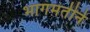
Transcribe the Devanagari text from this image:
भागमतीने